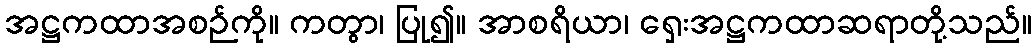
အဋ္ဌကထာအစဉ်ကို။ ကတွာ၊ ပြု၍။ အာစရိယာ၊ ရှေးအဋ္ဌကထာဆရာတို့သည်။